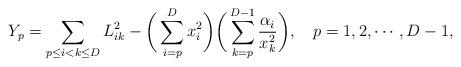
LaTeX: \begin{align*} Y_p=\sum_{p\leq i<k \leq D}L^2_{ik}-\bigg(\sum_{i=p}^{D}x_i^2 \bigg)\bigg(\sum_{k=p}^{D-1} \frac{\alpha_i}{x_k^2}\bigg),~~~p=1,2,\cdots,D-1,\end{align*}